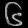
Digit: ၆